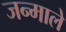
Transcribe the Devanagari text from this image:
जन्माले